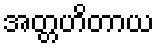
အတ္တဟိတာယ